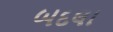
બદલા